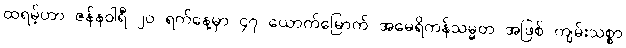
ထရမ့်ဟာ ဇန်နဝါရီ ၂၀ ရက်နေ့မှာ ၄၇ ယောက်မြောက် အမေရိကန်သမ္မတ အဖြစ် ကျမ်းသစ္စာ